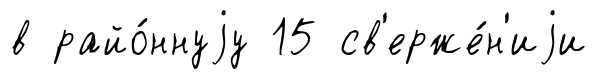
в райо́ннуjу 15 св'ерже́н'иjи